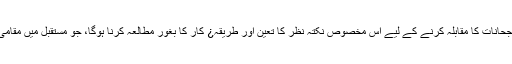
معاشرے کے باشعور افراد کو ان بنیاد پرست رجحانات کا مقابلہ کرنے کے لیے اس مخصوص نکتہ نظر کا تعین اور طریقہ¿ کار کا بغور مطالعہ کرنا ہوگا، جو مستقبل میں مقامی ثقافت کے لیے ایک سنگین خطرہ بن سکتا ہے۔